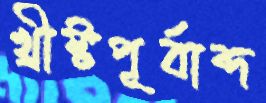
খ্রীষ্টপূর্বাব্দ